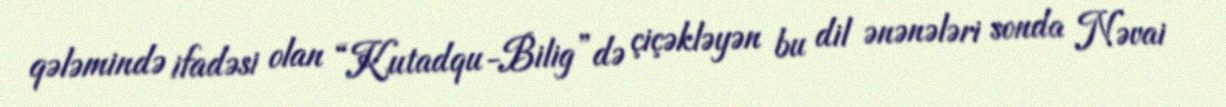
qələmində ifadəsi olan “Kutadqu-Bilig”də çiçəkləyən bu dil ənənələri sonda Nəvai